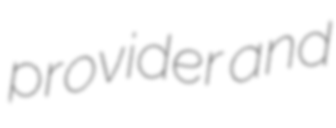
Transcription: provider and